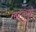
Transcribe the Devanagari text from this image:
वस्तुंमुळे